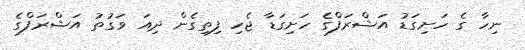
ނިހާ ގެ ހަށިގަޑު އަޝްރަފްގެ ހަށިގަޑާ ޖެހި ފިތިގެން ދިއަ ވަގުތު އަޝްރަފްގެ